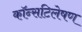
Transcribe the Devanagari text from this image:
कॉन्सटिलेषण